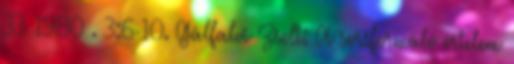
33 1980 . 3:6-10. Gálfalvi Zsolt: A sorsformáló értelem